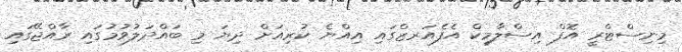
މިނިސްޓްރީ އޮފް އިސްލާމިކް އެފެއަރޒްގައި އިއްޔެ ކުރިއަށް ދިޔަ މި ބައްދަލުވުމުގައި ރާއްޖޭގައި